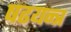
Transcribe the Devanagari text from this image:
षढयन्त्र